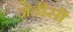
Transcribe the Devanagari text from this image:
जेडीसी